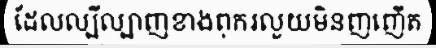
ដែលល្បីល្បាញខាងពុករលួយមិនញញើត